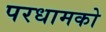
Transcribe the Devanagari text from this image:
परधामको